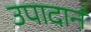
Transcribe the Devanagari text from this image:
उपादानं